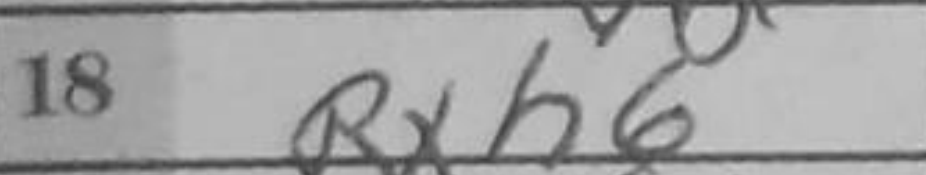
Transcription: Rxh6